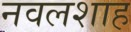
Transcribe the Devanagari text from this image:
नवलशाह